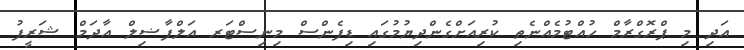
އަދި މި ޕްރޮގްރާމް ހުއްޓުމެއްނެތި ކުރިއަށްގެންދިޔުމުގައި ޑިފެންސް މިނިސްޓަރ އަލްފާޟިލް އާދަމް ޝަރީފު